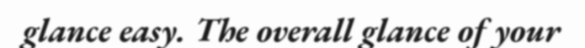
glance easy. The overall glance of your